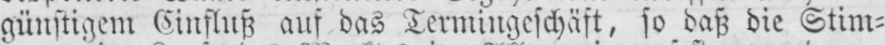
günstigem Einfluß auf das Termingeschäft, so daß die Stim⸗